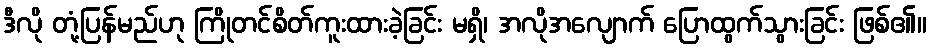
ဒီလို တုံ့ပြန်မည်ဟု ကြိုတင်စိတ်ကူးထားခဲ့ခြင်း မရှိ၊ အလိုအလျောက် ပြောထွက်သွားခြင်း ဖြစ်၏။